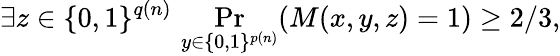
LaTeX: \exists z\in\{ 0,1\} ^{q(n)}\, \Pr_{y\in\{ 0,1\} ^{p(n)}}(M(x,y,z)=1)\geq 2/3,